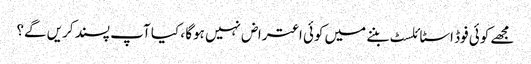
مجھے کوئی فوڈ اسٹائلسٹ بننے میں کوئی اعتراض نہیں ہوگا ، کیا آپ پسند کریں گے؟